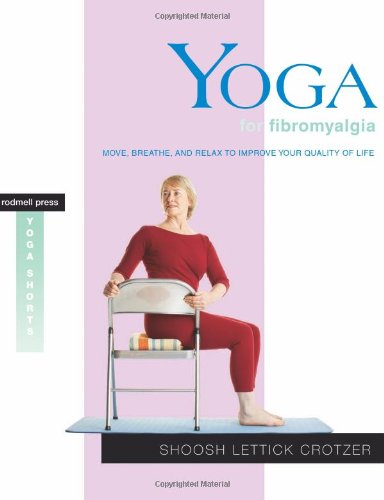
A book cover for Yoga for Fibromyalgia: Move, Breathe, and Relax to Improve Your Quality of Life (Rodmell Press Yoga Shorts); Shoosh Lettick Crotzer; Health, Fitness & Dieting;